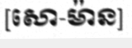
[សោ-ម៉ាន]